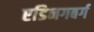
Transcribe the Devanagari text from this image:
एडिनगबर्ग